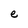
Character: e